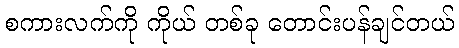
စကားလက်ကို ကိုယ် တစ်ခု တောင်းပန်ချင်တယ်